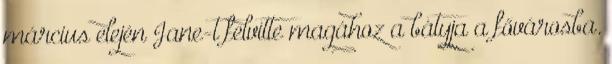
március elején Jane-t felvitte magához a bátyja a fővárosba.